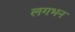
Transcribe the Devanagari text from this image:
लगभन